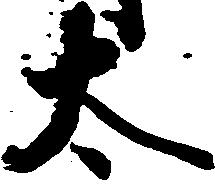
太